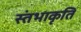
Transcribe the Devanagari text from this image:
स्तंभाकृति